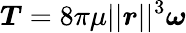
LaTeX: \boldsymbol{T}=8\pi\mu||\boldsymbol{r}||^{3}\boldsymbol{\omega}